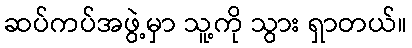
ဆပ်ကပ်အဖွဲ့မှာ သူ့ကို သွား ရှာတယ်။